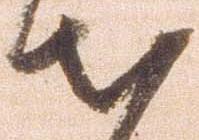
出